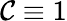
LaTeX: \mathcal{C}\equiv1